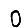
Digit: 0